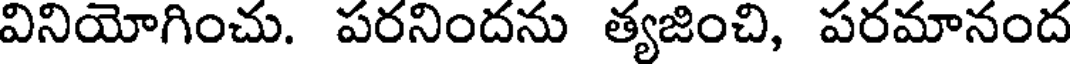
వినియోగించు. పరనిందను త్యజించి, పరమానంద